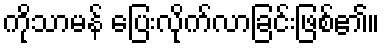
ကိုသာမန် ပြေးလိုက်လာခြင်းဖြစ်၏။